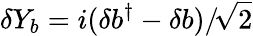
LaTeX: \delta Y_{b}=i(\delta b^{\dagger}-\delta b)/\! \sqrt{2}